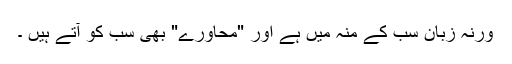
ورنہ زبان سب کے منہ میں ہے اور "محاورے" بھی سب کو آتے ہیں ۔